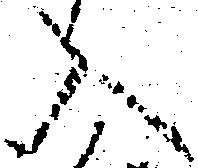
入